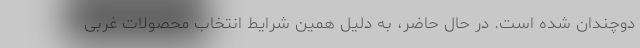
دوچندان شده است. در حال حاضر، به دلیل همین شرایط انتخاب محصولات غربی